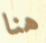
هنا